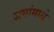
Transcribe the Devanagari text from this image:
जगांमध्ये